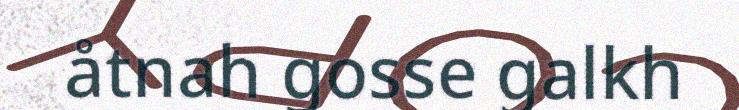
åtnah gosse galkh